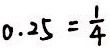
0 . 2 5 = \frac { 1 } { 4 }